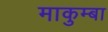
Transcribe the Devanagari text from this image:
माकुम्बा